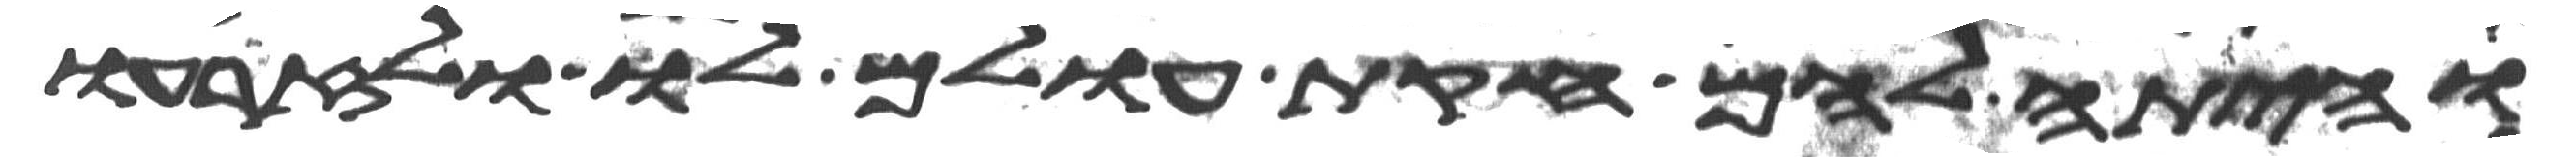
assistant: והיתה להם חקות עולם לו ולזרעו